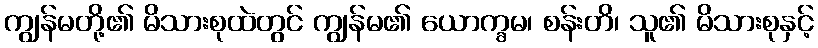
ကျွန်မတို့၏ မိသားစုထဲတွင် ကျွန်မ၏ ယောက္ခမ၊ စန်းတိ၊ သူ၏ မိသားစုနှင့်